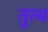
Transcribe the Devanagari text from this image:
तुत्थ